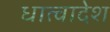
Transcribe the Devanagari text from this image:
धात्वादेश